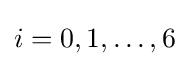
i=0,1,\dots ,6